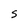
Character: S